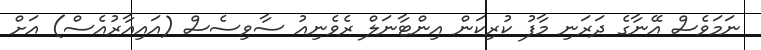
ނަމަވެސް އޭނާގެ ދަރަނި މާފު ކުރިކަން އިންޓާނަލް ރެވެނިއު ސާވިސެސް (އައިއާރުއެސް) އަށް